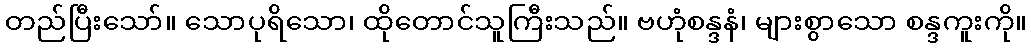
တည်ပြီးသော်။ သောပုရိသော၊ ထိုတောင်သူကြီးသည်။ ဗဟုံစန္ဒနံ၊ များစွာသော စန္ဒကူးကို။